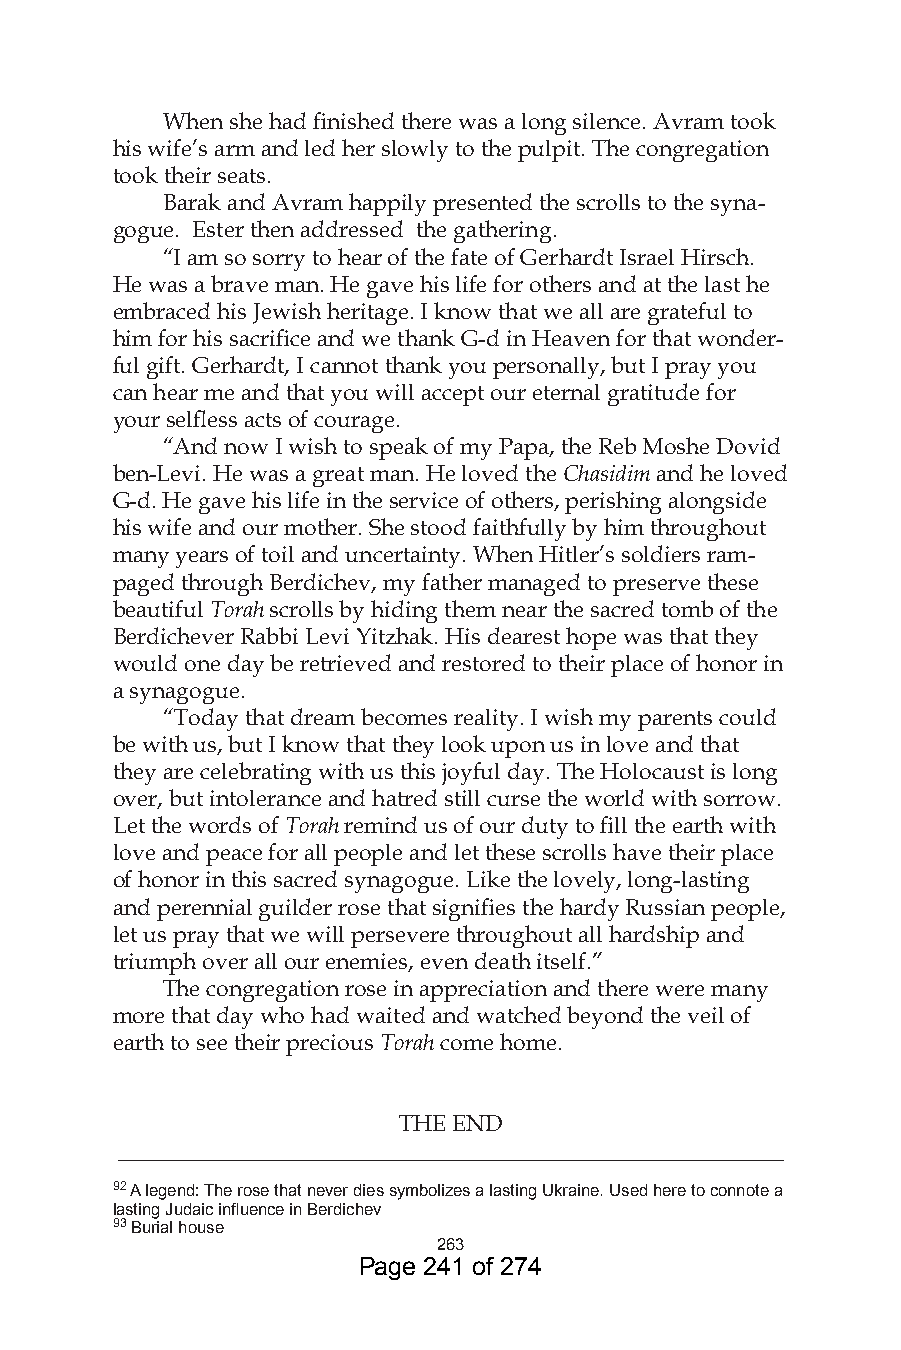
When she had finished there was a long silence. Avram took
 his wife’s arm and led her slowly to the pulpit. The congregation
 took their seats.
 Barak and Avram happily presented the scrolls to the syna-
 gogue. Ester then addressed the gathering.
 “I am so sorry to hear of the fate of Gerhardt Israel Hirsch.
 He was a brave man. He gave his life for others and at the last he
 embraced his Jewish heritage. I know that we all are grateful to
 him for his sacrifice and we thank G-d in Heaven for that wonder-
 ful gift. Gerhardt, I cannot thank you personally, but I pray you
 can hear me and that you will accept our eternal gratitude for
 your selfless acts of courage.
 “And now I wish to speak of my Papa, the Reb Moshe Dovid
 ben-Levi. He was a great man. He loved the Chasidim and he loved
 G-d. He gave his life in the service of others, perishing alongside
 his wife and our mother. She stood faithfully by him throughout
 many years of toil and uncertainty. When Hitler’s soldiers ram-
 paged through Berdichev, my father managed to preserve these
 beautiful Torah scrolls by hiding them near the sacred tomb of the
 Berdichever Rabbi Levi Yitzhak. His dearest hope was that they
 would one day be retrieved and restored to their place of honor in
 a synagogue.
 “Today that dream becomes reality. I wish my parents could
 be with us, but I know that they look upon us in love and that
 they are celebrating with us this joyful day. The Holocaust is long
 over, but intolerance and hatred still curse the world with sorrow.
 Let the words of Torah remind us of our duty to fill the earth with
 love and peace for all people and let these scrolls have their place
 of honor in this sacred synagogue. Like the lovely, long-lasting
 and perennial guilder rose that signifies the hardy Russian people,
 let us pray that we will persevere throughout all hardship and
 triumph over all our enemies, even death itself.”
 The congregation rose in appreciation and there were many
 more that day who had waited and watched beyond the veil of
 earth to see their precious Torah come home.
 THE END
 __________________________________________________________
 9 A legend: The rose that never dies symbolizes a lasting Ukraine. Used here to connote a
 lasting Judaic influence in Berdichev
 9 Burial house
 6
 Page 241 of 274